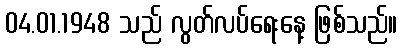
04.01.1948 သည် လွတ်လပ်ရေးနေ့ ဖြစ်သည်။